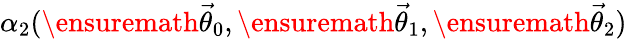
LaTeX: \alpha_{2}(\ensuremath{\vec{\theta}}_{0},\ensuremath{\vec{\theta}}_{1},\ensuremath{\vec{\theta}}_{2})